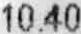
10.40